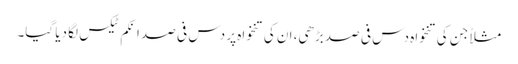
مثلاً جن کی تنخواہ دس فی صد بڑھی، ان کی تنخواہ پر دس فی صد انکم ٹیکس لگا دیا گیا۔